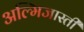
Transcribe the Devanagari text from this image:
अल्मिजास्ती